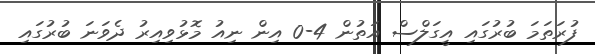
ފުރަތަމަ ބުރުގައި އީގަލްސް އަތުން 4-0 އިން ނިއު މޮޅުވިއިރު ދެވަނަ ބުރުގައި